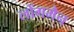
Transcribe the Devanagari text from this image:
लोंगमैन